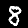
Label: 8